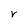
Character: r